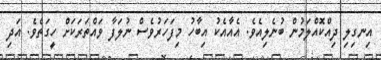
އިނގިލި ދިއްކޮއްލަމުން ބުނެލިއެވެ. އެއާއެކު އިބާހު މިފަހަރުވެސް ނުލަފާ ވައްތަރަކަށް ހީގަތެވެ. އަދި